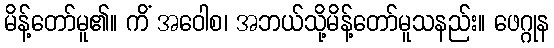
မိန့်တော်မူ၏။ ကိံ အဝေါစ၊ အဘယ်သို့မိန့်တော်မူသနည်း။ ဖေဂ္ဂုန